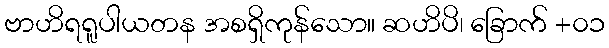
ဗာဟိရရူပါယတန အစရှိကုန်သော။ ဆဟိပိ၊ ခြောက် +၀၁